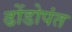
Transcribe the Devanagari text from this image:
ढोंडोपंत